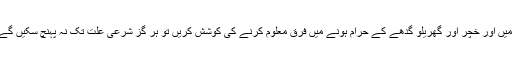
اگر اہل علم اور ان اشیا کے ا سپیشلسٹ گھوڑے اور جنگلی گدھے کے حلال ہونے میں اور خچر اور گھریلو گدھے کے حرام ہونے میں فرق معلوم کرنے کی کوشش کریں تو ہر گز شرعی علت تک نہ پہنچ سکیں گے حالانکہ یہ اشیا مادی اور حسی وسائل کے لحاظ سے ایک ہی چیز شمار ہوتی ہیں۔